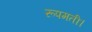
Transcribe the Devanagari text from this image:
रूपमती।